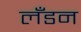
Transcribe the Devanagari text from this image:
लॅंडन